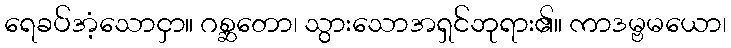
ရေခပ်အံ့သောငှာ။ ဂစ္ဆတော၊ သွားသောအရှင်ဘုရား၏။ ကာဒမ္ဗမယော၊